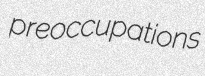
preoccupations